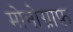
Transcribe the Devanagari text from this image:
मोनोग्राफ़